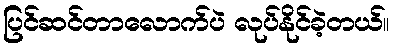
ပြင်ဆင်တာလောက်ပဲ လုပ်နိုင်ခဲ့တယ်။